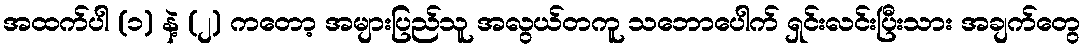
အထက်ပါ (၁) နဲ့ (၂) ကတော့ အများပြည်သူ အလွယ်တကူ သဘောပေါက် ရှင်းလင်းပြီးသား အချက်တွေ